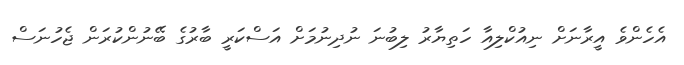
އެހެންވެ އީރާނަށް ނިއުކްލިއާ ހަތިޔާރު ލިބުނަ ނުދިނުމަށް އަސްކަރީ ބާރުގެ ބޭނުންކުރަން ޖެހުނަސް